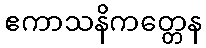
ဧကာသနိကတ္တေန